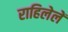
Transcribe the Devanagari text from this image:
राहिलेलें